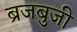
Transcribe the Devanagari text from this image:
ब्रजबुजी